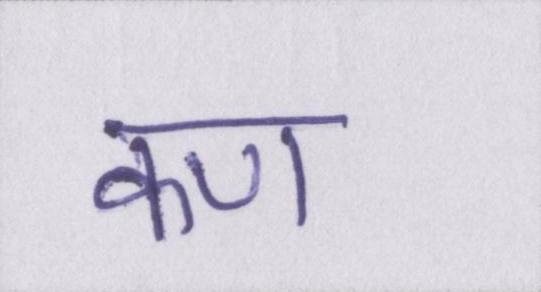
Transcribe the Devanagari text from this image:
कण